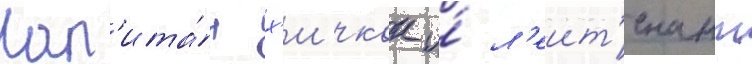
Кап'ита́н х'ичкок и́ л'еит'енант